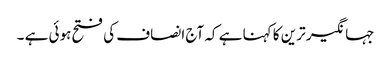
جہانگیر ترین کا کہنا ہے کہ آج انصاف کی فتح ہوئی ہے ۔